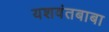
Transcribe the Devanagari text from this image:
यशवंतबाबा